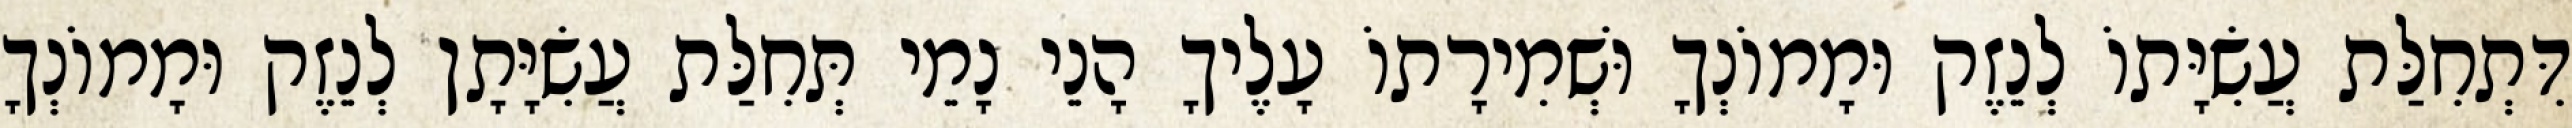
דִּתְחִלַּת עֲשִׂיָּתוֹ לְנֵזֶק וּמָמוֹנְךָ וּשְׁמִירָתוֹ עָלֶיךָ הָנֵי נָמֵי תְּחִלַּת עֲשִׂיָּתָן לְנֵזֶק וּמָמוֹנְךָ